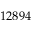
1 2 8 9 4